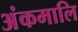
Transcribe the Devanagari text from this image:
अंकमालि